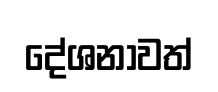
දේශනාවත්